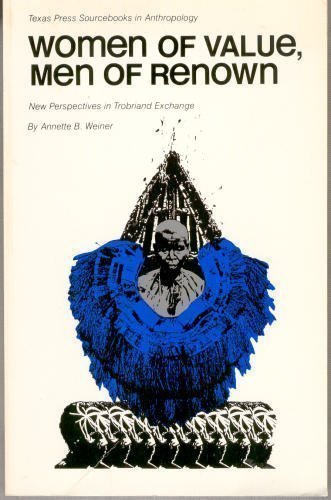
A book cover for Women of Value, Men of Renown: New Perspectives in Trobriand Exchange (Texas Press Sourcebooks in Anthropology); Annette Weiner; History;